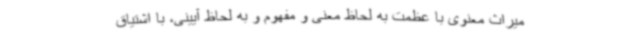
میراث معنوی با عظمت به لحاظ معنی و مفهوم و به لحاظ آیینی، با اشتیاق